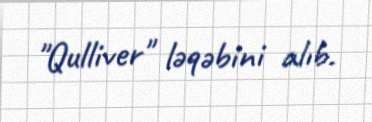
"Qulliver" ləqəbini alıb.